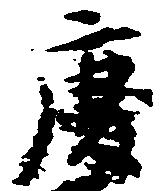
慶